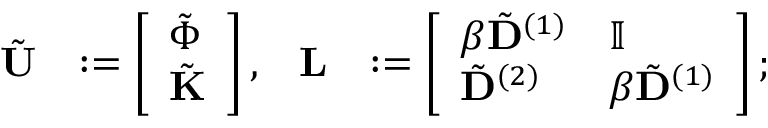
\begin{array} { r l r l } { \tilde { \mathbf { U } } } & { : = \left[ \begin{array} { l } { \tilde { \boldsymbol { \Phi } } } \\ { \tilde { \mathbf { K } } } \end{array} \right] , } & { \mathbf { L } } & { : = \left[ \begin{array} { l l } { \beta \tilde { \mathbf { D } } ^ { ( 1 ) } } & { \mathbb { I } } \\ { \tilde { \mathbf { D } } ^ { ( 2 ) } } & { \beta \tilde { \mathbf { D } } ^ { ( 1 ) } } \end{array} \right] ; } \end{array}